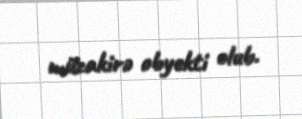
müzakirə obyekti olub.